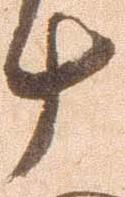
十